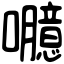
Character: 𡄯